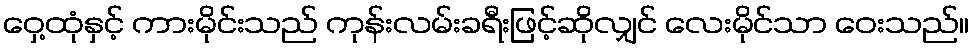
ဝှေ့ထုံနှင့် ကားမိုင်းသည် ကုန်းလမ်းခရီးဖြင့်ဆိုလျှင် လေးမိုင်သာ ဝေးသည်။